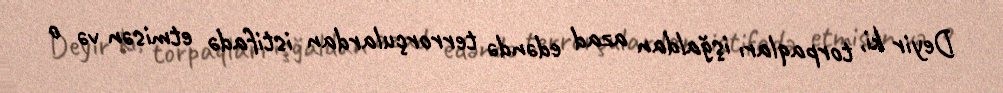
Deyir ki, torpaqları işğaldan azad edəndə terrorçulardan istifadə etmisən və o